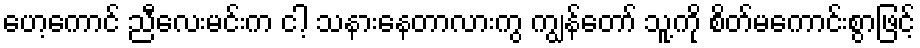
ဟေ့ကောင် ညီလေးမင်းက ငါ့ သနားနေတာလားကွ ကျွန်တော် သူ့ကို စိတ်မကောင်းစွာဖြင့်